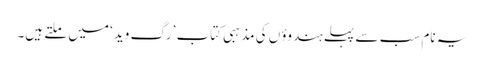
یہ نام سب سے پہلے ہندوؤں کی مذہبی کتاب ’رگ وید‘ میں ملتے ہیں۔